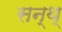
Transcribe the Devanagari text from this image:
सन्थ्